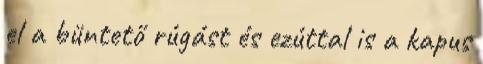
el a büntető rúgást és ezúttal is a kapus